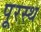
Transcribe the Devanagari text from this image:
पूरस्थ